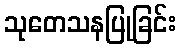
သုတေသနပြုခြင်း